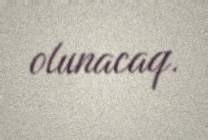
olunacaq.